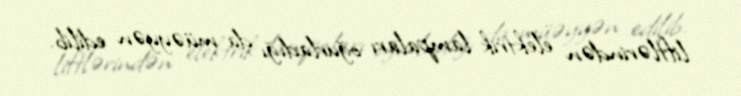
liftlərindən elektrik lampaları oğurladığı da müəyyən edilib.